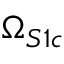
\Omega _ { S 1 c }